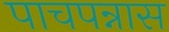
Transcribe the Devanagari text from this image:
पाचपन्नास